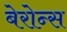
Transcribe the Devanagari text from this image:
बेरोन्स